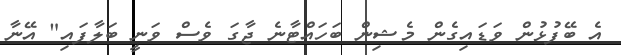
އެ ބޭފުޅުން ވަޑައިގެން މެޝިން ބަހައްޓާނެ ޖާގަ ވެސް ވަނީ ބަލާފައި" އޭނާ